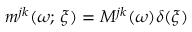
m ^ { j k } ( \omega ; \, \boldsymbol { \xi } ) = M ^ { j k } ( \omega ) \delta ( \boldsymbol { \xi } )